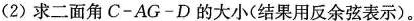
(2)求二面角C-AG-D的大小(结果用反余弦表示)。